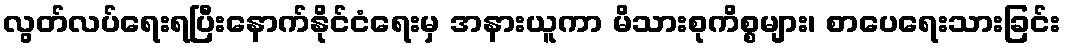
လွတ်လပ်ရေးရပြီးနောက်နိုင်ငံရေးမှ အနားယူကာ မိသားစုကိစ္စများ၊ စာပေရေးသားခြင်း